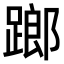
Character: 𨄂